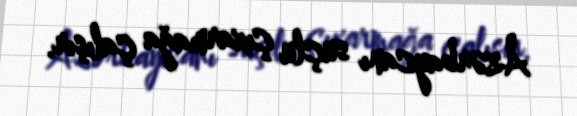
Azərbaycanı suçlu çıxarmağa çalışır.